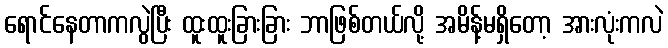
ရောင်နေတာကလွဲပြီး ထူးထူးခြားခြား ဘာဖြစ်တယ်လို့ အမိန့်မရှိတော့ အားလုံးကလဲ